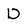
Character: D